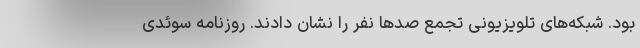
بود. شبکه‌های تلویزیونی تجمع صدها نفر را نشان دادند. روزنامه سوئدی